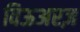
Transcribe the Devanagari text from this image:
विऊअरज़